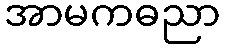
အာမကဓညာ